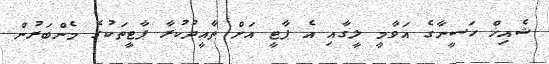
ޝެއިޚް ހަސީނާގެ އަވާމީ ލީގާއި އެ ޕާޓީ އަށް ތާއީދުކުރާ ޕާޓީތަކުގެ މެންބަރުން